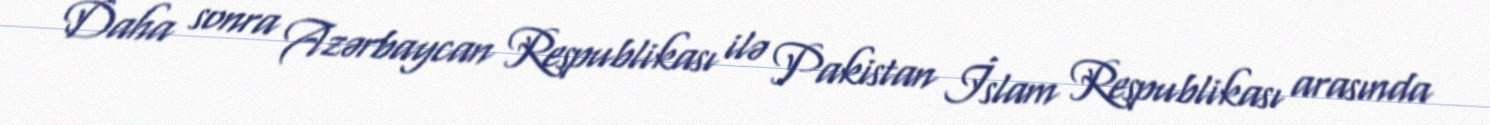
Daha sonra Azərbaycan Respublikası ilə Pakistan İslam Respublikası arasında